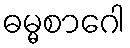
ဓမ္မစာဂေါ